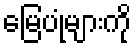
မြေပုံများကို